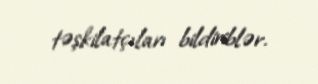
təşkilatçıları bildiriblər.